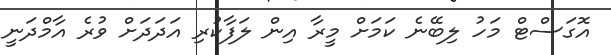
އޮގަސްޓް މަހު ލިބޭނެ ކަމަށް މީރާ އިން ލަފާކުރި އަދަދަށް ވުރެ އާމްދަނީ